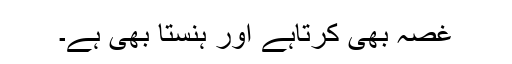
غصہ بھی کرتاہے اور ہنستا بھی ہے۔